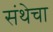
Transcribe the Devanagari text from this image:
संथेचा